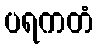
ပရကတံ